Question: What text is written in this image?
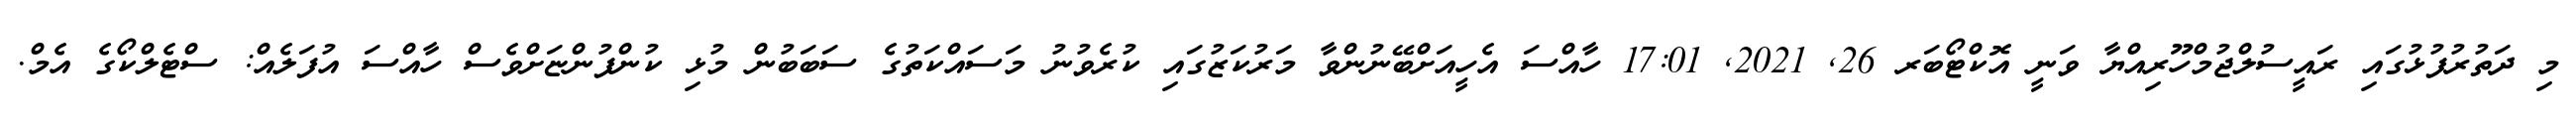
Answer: މި ދަތުރުފުޅުގައި ރައީސުލްޖުމްހޫރިއްޔާ ވަނީ އޮކްޓޯބަރ 26, 2021, 17:01 ހާއްސަ އެހީއަށްބޭނުންވާ މަރުކަޒުގައި ކުރެވުނު މަސައްކަތުގެ ސަބަބުން މުޅި ކުންފުންޏަށްވެސް ހާއްސަ އުފަލެއް: ސްޓެލްކޯގެ އެމް.